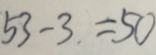
5 3 - 3 . = 5 0